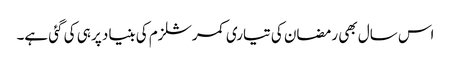
اس سال بھی رمضان کی تیاری کمرشلزم کی بنیاد پر ہی کی گئی ہے۔